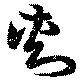
刺